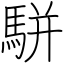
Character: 駢